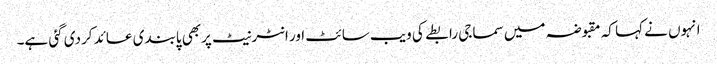
انہوں نے کہا کہ مقبوضہ میں سماجی رابطے کی ویب سائٹ اور انٹرنیٹ پربھی پابندی عائد کردی گئی ہے۔